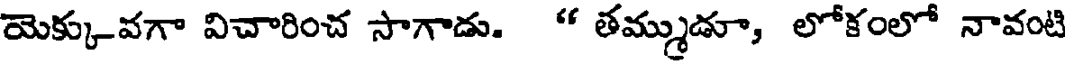
యెక్కువగా విచారించ సాగాడు. " తమ్ముడూ, లోకంలో నావంటి